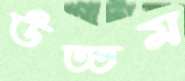
উত্তম